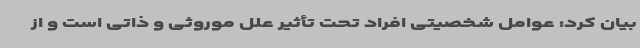
بیان کرد: عوامل شخصیتی افراد تحت تأثیر علل موروثی و ذاتی است و از